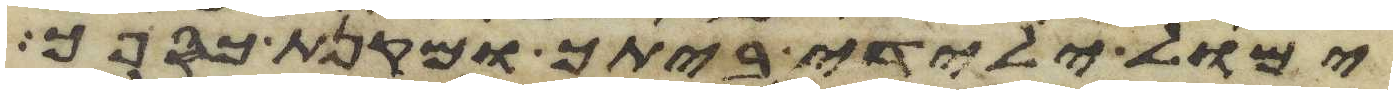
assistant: ימול ילידי ביתך ומקנת כספך